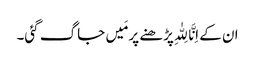
ان کے اِنَّا لِلّٰہِ پڑھنے پر مَیں جاگ گئی۔